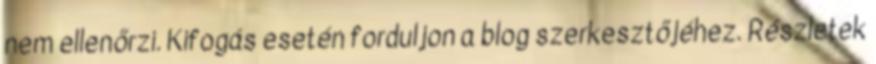
nem ellenőrzi. Kifogás esetén forduljon a blog szerkesztőjéhez. Részletek